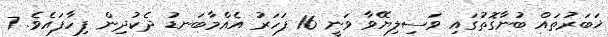
ޚަބަރުތައް ބުނާގޮތުގައި ވަސިލިޔޭވާ ވަނީ 16 ފަހަރު އެއްމާބަނޑު ދެކުދިން ފިހާފައެވެ. 7